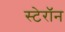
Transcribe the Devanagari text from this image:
स्टेरॉन